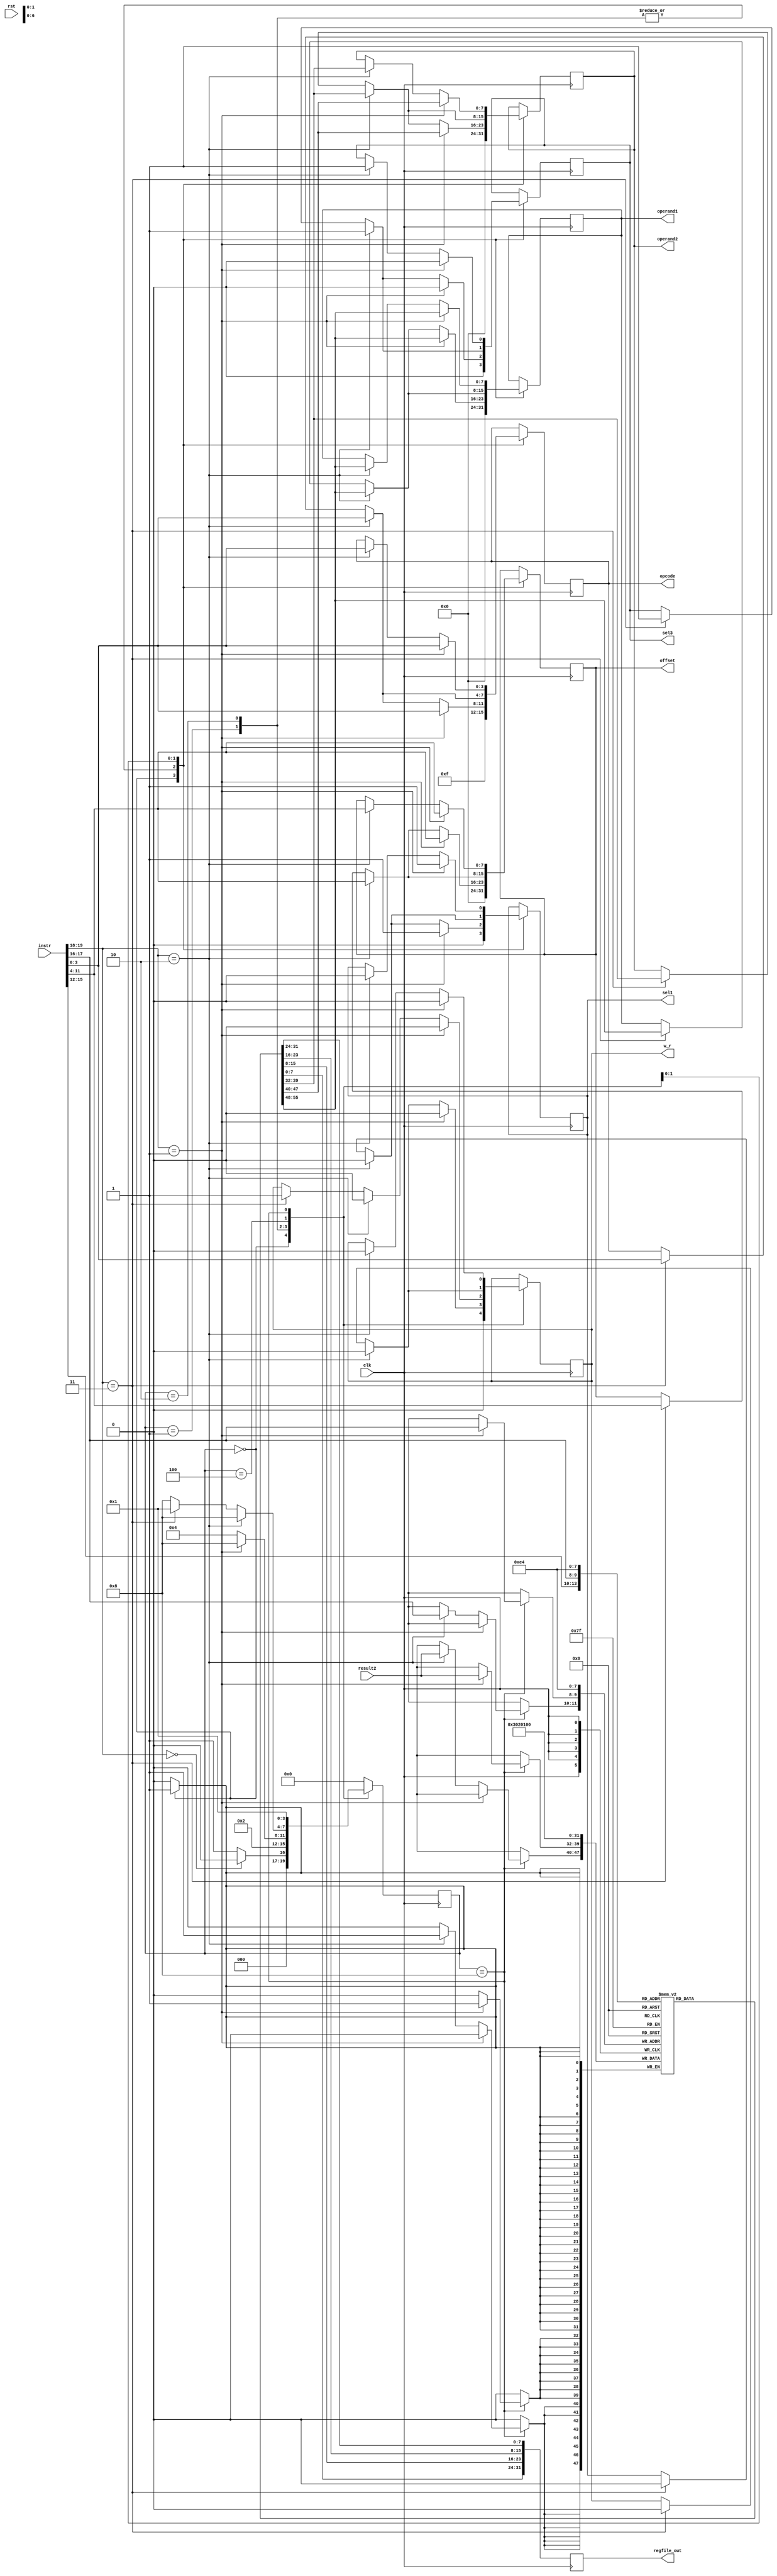
`timescale 1ns / 1ps

module CU (clk,rst, instr, result2, operand1, operand2, offset, opcode, sel1, sel3,w_r,regfile_out);
    //Defaults unless overwritten during instantiation
    parameter DATA_WIDTH = 8; //8 bit wide data
    parameter ADDR_BITS = 5; //32 Addresses
    parameter INSTR_WIDTH =20; 
    //INPUTS
    input clk,rst;
    input [INSTR_WIDTH-1:0]instr;
    input [DATA_WIDTH-1:0] result2;

    //OUTPUTS
    output reg [DATA_WIDTH-1:0] operand1;
    output reg [DATA_WIDTH-1:0] operand2;
    output reg [DATA_WIDTH-1:0] offset;
    output reg [3:0] opcode;
    output reg sel1, sel3, w_r;
  	
    //REGISTER FILE: CU internal register file of 4 registers.  This is a over simplication of a real solution
    reg [DATA_WIDTH-1:0] regfile [0:3];
    reg [INSTR_WIDTH-1:0]instruction;
  	output reg [DATA_WIDTH*4-1:0] regfile_out; //output register to pass out regfile internal values - passed out as one long hex number

    
    //STATES
    parameter RESET = 4'b0000;
    parameter DECODE = 4'b0001;
    parameter EXECUTE = 4'b0010;
    parameter MEM_ACCESS = 4'b0100;
    parameter WRITE_BACK = 4'b1000;
        
    reg [3:0] state = RESET;
    
    
    always @(posedge clk) begin
      
      regfile_out = {regfile[0],regfile[1],regfile[2],regfile[3]}; //instantiate the regfile_out
        instruction = instr;
        case (state)
            RESET : begin //#0
                if (instruction[19:18] == 2'b00)  begin
                    state = RESET; 
                    end else begin
                    state = DECODE; //#1
                    end
                //-----------------------------
                //Write initial values to regfile
                regfile[0]<= 8'd0;
                regfile[1]<= 8'd1;
                regfile[2]<= 8'd2;
                regfile[3]<= 8'd3;

                //Set output reset defaults
                operand1 <= #(DATA_WIDTH)'d0;
                operand2 <= #(DATA_WIDTH)'d0;
                offset <= #(DATA_WIDTH)'d0;
                opcode <= 4'b1111;
                sel1 <= 0;
                sel3 <= 0;
                w_r <= 0;
                //-----------------------------
            end

            DECODE : begin //#1
                state = EXECUTE; //#2
                if (instruction[19:18] == 2'b1) begin //std_op
                    operand1 <= regfile[instruction[15:14]]; //X2
                    operand2 <= regfile[instruction[13:12]]; //X3
                    offset <= instruction[11:4];
                    opcode <= instruction[3:0];
                   	sel1 <= 1;
                    sel3 <= 0;
                    w_r <= 0;
                end else if (instruction[19:18] == 2'b10) begin //loadR 
                    operand1 <= regfile[instruction[15:14]]; //X2
                    operand2 <= regfile[instruction[17:16]]; //z
                    offset <= instruction[11:4];
                    opcode <= instruction[3:0];
                    sel1 <= 0; //pass data_out
                    sel3 <= 1; //pass offset
                    w_r <= 0;//nothing is written to the alu
                end else if (instruction[19:18] == 2'b11) begin //storeR 
                   //this code was edited
                  
                  	operand1 <= regfile[instruction[15:14]]; //X2
                    operand2 <= regfile[instruction[17:16]]; //z
                    offset <= instruction[11:4];
                    opcode <= instruction[3:0];
                  	sel1 <= 0; //pass data_out
                    sel3 <= 1; //pass offset
                    w_r <= 0;//nothingis written to the alu

                end
            end
            EXECUTE: begin //#2
                state = MEM_ACCESS; //#3
                if (instruction[19:18] == 2'b01) begin //std_op
                    state = WRITE_BACK;
                    operand1 <= regfile[instruction[15:14]]; //X2
                    operand2 <= regfile[instruction[13:12]]; //X3
                    offset <= instruction[11:4];
                    opcode <= instruction[3:0];
                    sel1 <= 1; //pass data out
                    sel3 <= 0;//pass offset
                    w_r <= 0;//nothing is written

                end else if (instruction[19:18] == 2'b10) begin //loadR  
                    operand1 <= regfile[instruction[15:14]]; //X2
                    operand2 <= regfile[instruction[17:16]]; //z
                    offset <= instruction[11:4];
                    opcode <= instruction[3:0];
                    sel1 <= 0; //pass data_out
                    sel3 <= 1; //pass offset
                    w_r <= 0;//nothing is written
                end else if (instruction[19:18] == 2'b11) begin //storeR
                   //We edited this code:
                  
                  	operand1 <= regfile[instruction[15:14]]; //X2
                    operand2 <= regfile[instruction[17:16]]; //z
                    offset <= instruction[11:4];
                    opcode <= instruction[3:0];
                  	sel1 <= 0; //pass data_out
                    sel3 <= 1; //pass offset
                    w_r <= 1;//write to the alu
                end
            end
            MEM_ACCESS: begin //#3
                state = WRITE_BACK; //#4
                if (instruction[19:18] == 2'b10) begin //loadR             
                    operand1 <= regfile[instruction[15:14]]; //X2
                    operand2 <= regfile[instruction[17:16]]; //z
                    offset <= instruction[11:4];
                    opcode <= instruction[3:0];
                    sel1 <= 0; //pass data_out
                    sel3 <= 1; //pass offset
                    w_r <= 0;
                end else if (instruction[19:18] == 2'b11) begin //storeR 
                   //We edited this code:
                  
                  	state = DECODE;
                  	operand1 <= regfile[instruction[15:14]]; //X2
                    operand2 <= regfile[instruction[17:16]]; //z
                    offset <= instruction[11:4];
                    opcode <= instruction[3:0];
                  	sel1 <= 0; //pass data_out
                    sel3 <= 1; //pass offset
                    w_r <= 0;//nothing written
                end
            end
            WRITE_BACK: begin //#4
                state = DECODE; //#1
                if (instruction[19:18] == 2'b01) begin //std_op
                    regfile[instruction[17:16]] <= result2; //X1

                    operand1 <= regfile[instruction[15:14]]; //X2
                    operand2 <= regfile[instruction[13:12]]; //X3
                    offset <= instruction[11:4];
                    opcode <= instruction[3:0];
                    sel1 <= 1;
                    sel3 <= 0;
                    w_r <= 0;
               //there was code here b4
                    
                end else if (instruction[19:18] == 2'b10) begin //loadR             
                    regfile[instruction[17:16]] <= result2; //From data mem
                    operand1 <= regfile[instruction[15:14]]; //X2
                    operand2 <= regfile[instruction[17:16]]; //z
                    offset <= instruction[11:4];
                    opcode <= instruction[3:0];
                    sel1 <= 0; //pass data_out
                    sel3 <= 1; //pass offset
                    w_r <= 0;
                end
            end

            default: // Fault Recovery
            state = RESET; //#0
        endcase
    end
endmodule